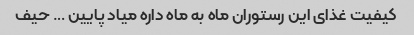
کیفیت غذای این رستوران ماه به ماه داره میاد پایین … حیف